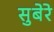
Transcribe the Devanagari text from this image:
सुबेरे